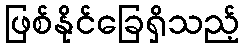
ဖြစ်နိုင်ခြေရှိသည့်